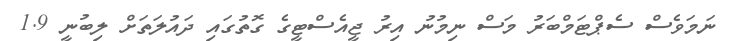
ނަމަވެސް ސެޕްޓަމްބަރު މަސް ނިމުނު އިރު ޖީއެސްޓީގެ ގޮތުގައި ދައުލަތަށް ލިބުނީ 1.9